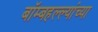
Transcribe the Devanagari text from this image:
बॉम्बहल्ल्यांच्या